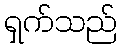
ရှက်သည်